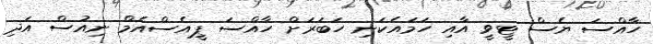
ހާއްސަ ޔެސް ޓީވީ އާއި ހަމައެކަނި ހަބަރަށް ހާއްސަ ޕީއެސްއެމް ނިއުސް އަދި